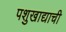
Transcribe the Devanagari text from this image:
पशुखाद्याची